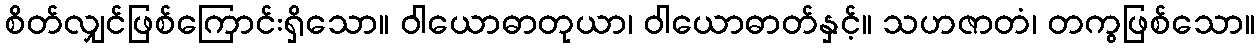
စိတ်လျှင်ဖြစ်ကြောင်းရှိသော။ ဝါယောဓာတုယာ၊ ဝါယောဓာတ်နှင့်။ သဟဇာတံ၊ တကွဖြစ်သော။